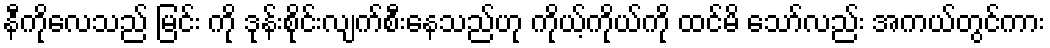
နီကိုလေသည် မြင်း ကို ဒုန်းစိုင်းလျက်စီးနေသည်ဟု ကိုယ့်ကိုယ်ကို ထင်မိ သော်လည်း အကယ်တွင်ကား